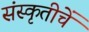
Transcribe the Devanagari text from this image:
संस्कृतीचें